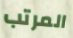
المرتب